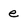
Character: e